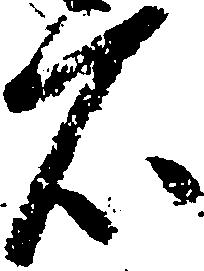
石